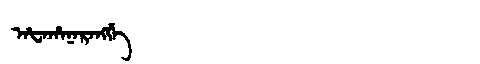
Manchu: ᠠᡶᠠᡥᠠᠨᠠᡵᠠᠩᡤᡝ
Romanization: AFAHANARANGGE